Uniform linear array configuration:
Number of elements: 32
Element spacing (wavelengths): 0.25
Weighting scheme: hamming
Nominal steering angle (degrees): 60
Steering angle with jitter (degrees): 59.731
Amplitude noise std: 0.05
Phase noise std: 0.05

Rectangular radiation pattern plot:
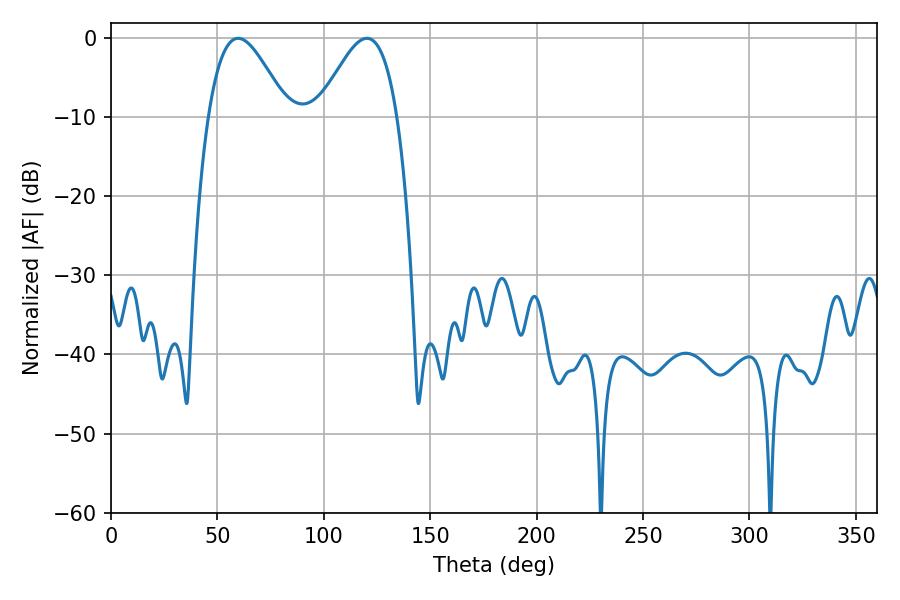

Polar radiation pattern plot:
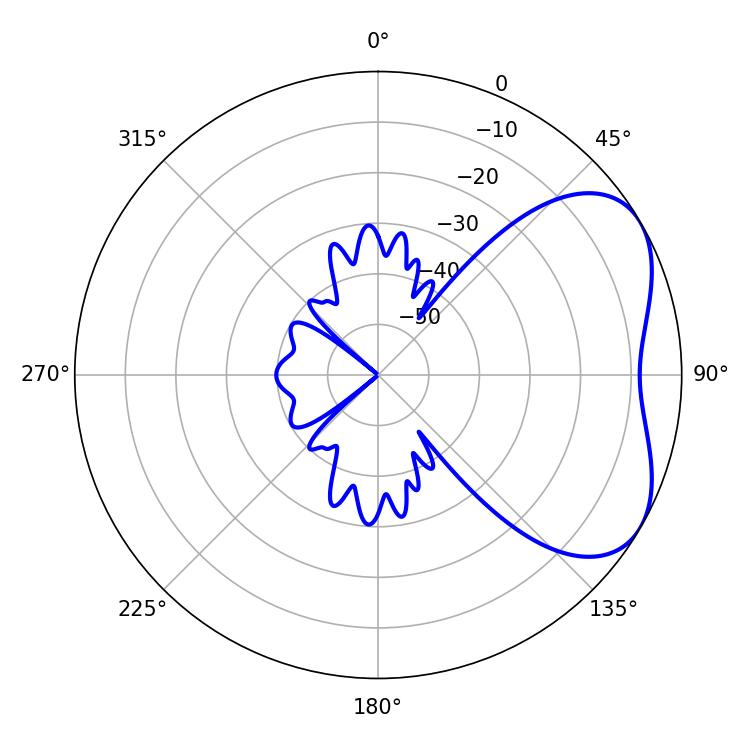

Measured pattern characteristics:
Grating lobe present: FALSE
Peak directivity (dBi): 4.589
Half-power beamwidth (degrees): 19.98
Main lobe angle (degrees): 59.76